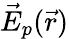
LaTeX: \vec{E}_{p}(\vec{r})